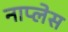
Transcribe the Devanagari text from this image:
नाप्लेस